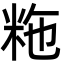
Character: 粚